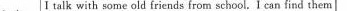
Jack I talk with some old friends from school.I can find then